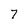
Character: 7